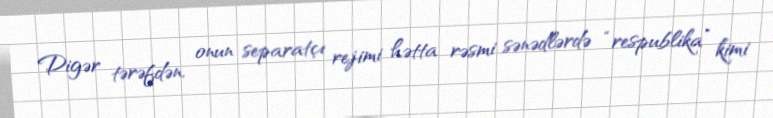
Digər tərəfdən, onun separatçı rejimi hətta rəsmi sənədlərdə “respublika” kimi